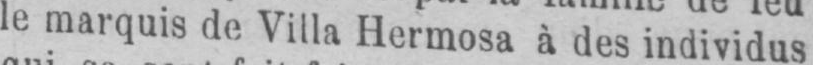
le marquis de Villa Hermosa à des individus